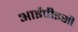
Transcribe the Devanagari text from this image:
आईपीइसी